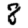
Digit: 8